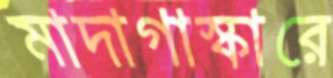
মাদাগাস্কারে